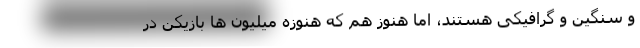
و سنگین و گرافیکی هستند، اما هنوز هم که هنوزه میلیون ها بازیکن در